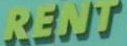
RENT